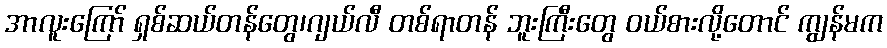
အာလူးကြော် ရှစ်ဆယ်တန်တွေ၊ဂျယ်လီ တစ်ရာတန် ဘူးကြီးတွေ ဝယ်စားလို့တောင် ကျွန်မက